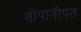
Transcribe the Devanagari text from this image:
सोपानीपत